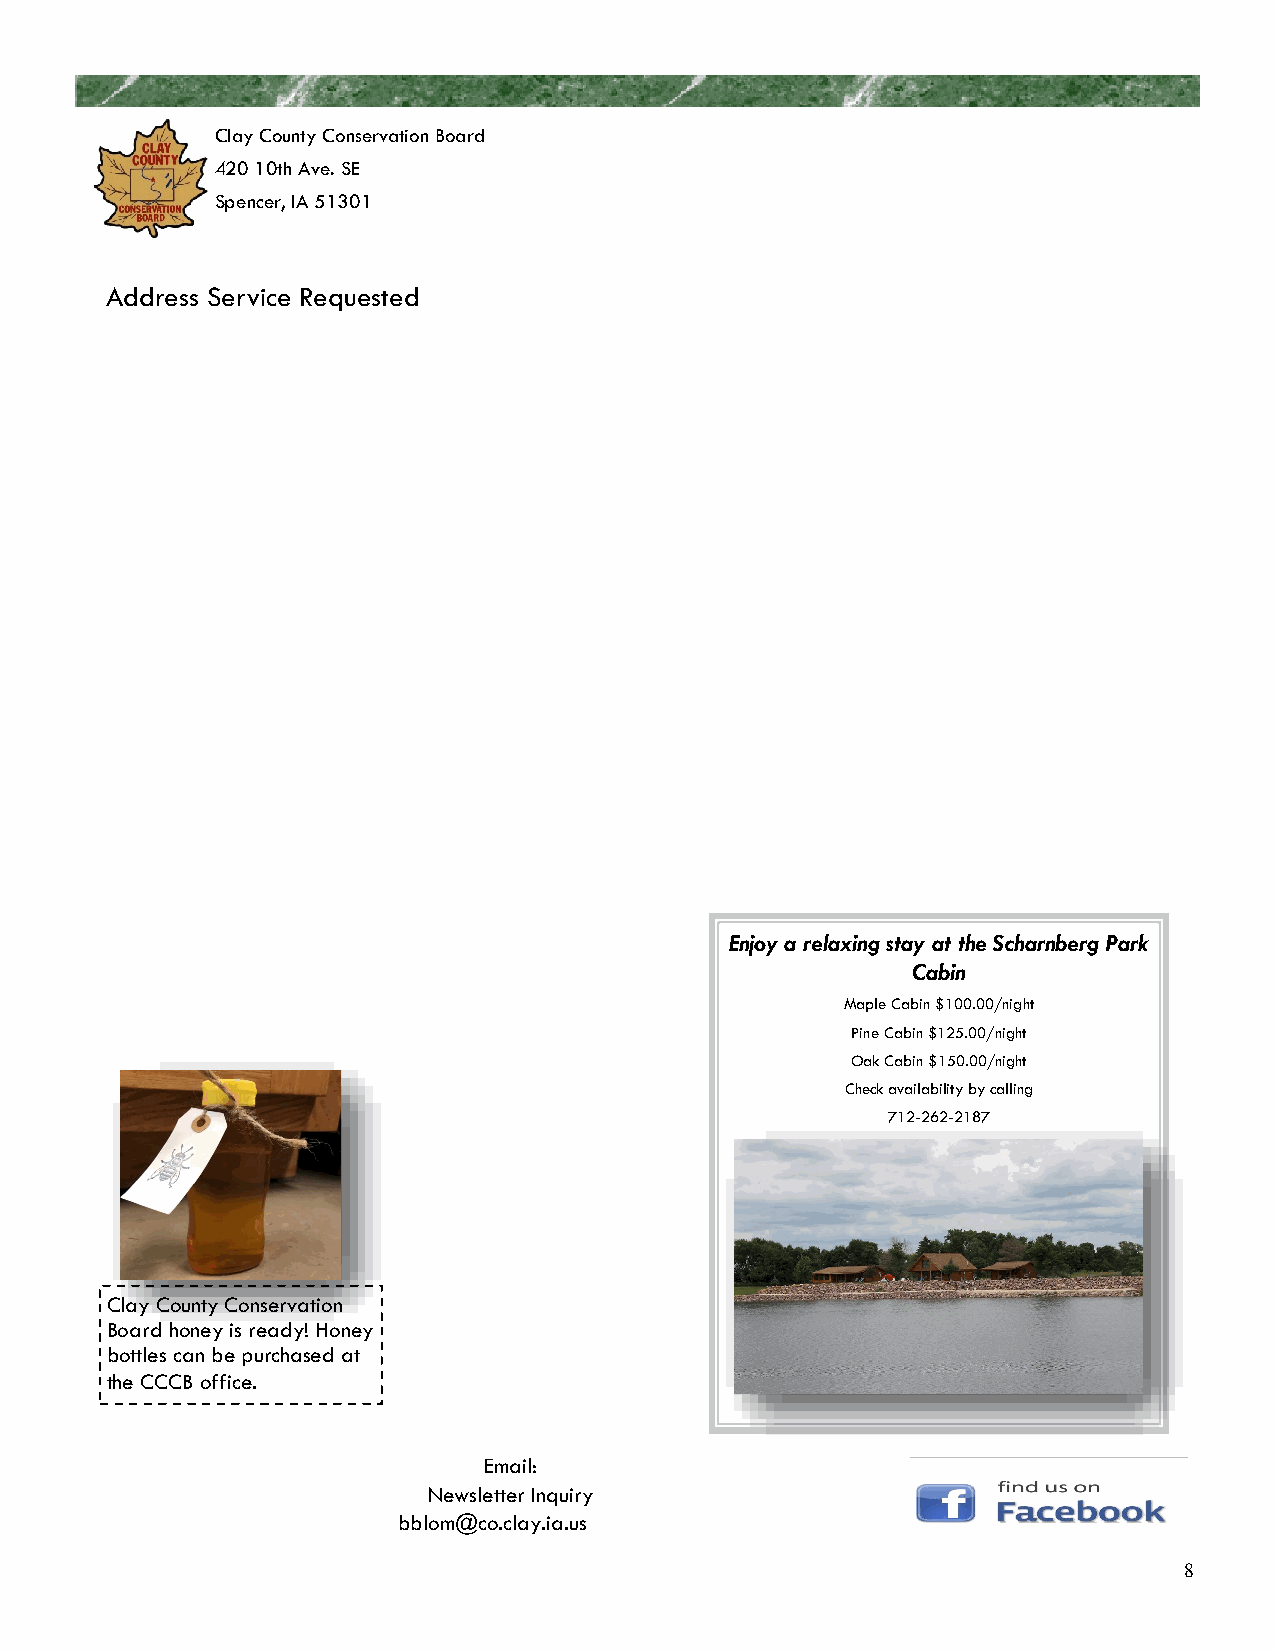
Clay County Conservation Board
 420 10th Ave. SE
 Spencer, IA 51301
 Address Service Requested
 Enjoy a relaxing stay at the Scharnberg Park
 Cabin
 Maple Cabin $100.00/night
 Pine Cabin $125.00/night
 Oak Cabin $150.00/night
 Check availability by calling
 712-262-2187
 Clay County Conservation
 Board honey is ready! Honey
 bottles can be purchased at
 the CCCB office.
 Email:
 Newsletter Inquiry
 bblom@co.clay.ia.us
 8